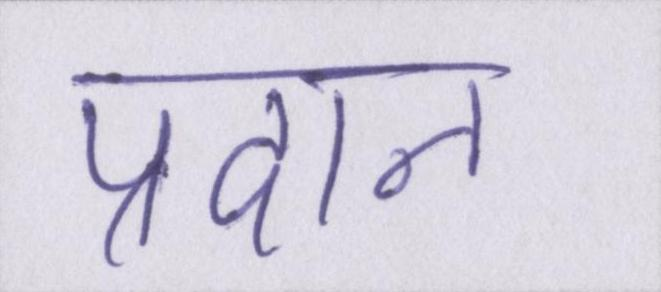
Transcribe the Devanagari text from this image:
प्रदान